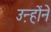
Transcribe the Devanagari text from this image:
उऩ्होंने